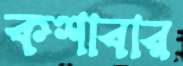
কশাবার